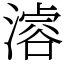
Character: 𣽊